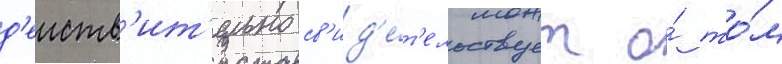
д'еиств'ит'ельно св'ид'е́т'ельствует о́ то́м